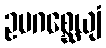
ဥပဂစ္ဆေယျံ